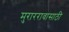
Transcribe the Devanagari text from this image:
मुराररावासाठी